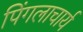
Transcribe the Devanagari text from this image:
पिंगलाचार्य